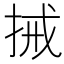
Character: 𢬿